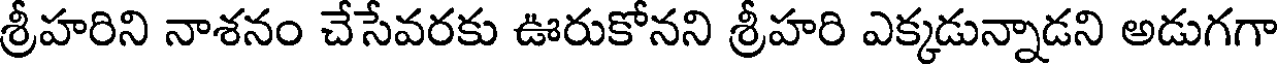
శ్రీహరిని నాశనం చేసేవరకు ఊరుకోనని శ్రీహరి ఎక్కడున్నాడని అడుగగా